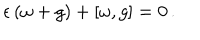
LaTeX: \epsilon \, ( \omega + g ) + [ \omega , g ] = 0 \, .